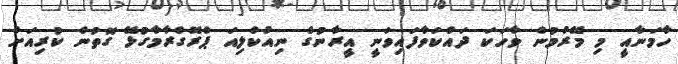
ހާމަނާއީ މި މޭރުމުން ވާހަކަ ދައްކަވާފައިވަނީ އީރާނުގެ ނިއުކްލިއަ ޕްރޮގްރާމާގުޅޭ ގޮތުން ކުރިއަށް